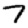
Digit: 7